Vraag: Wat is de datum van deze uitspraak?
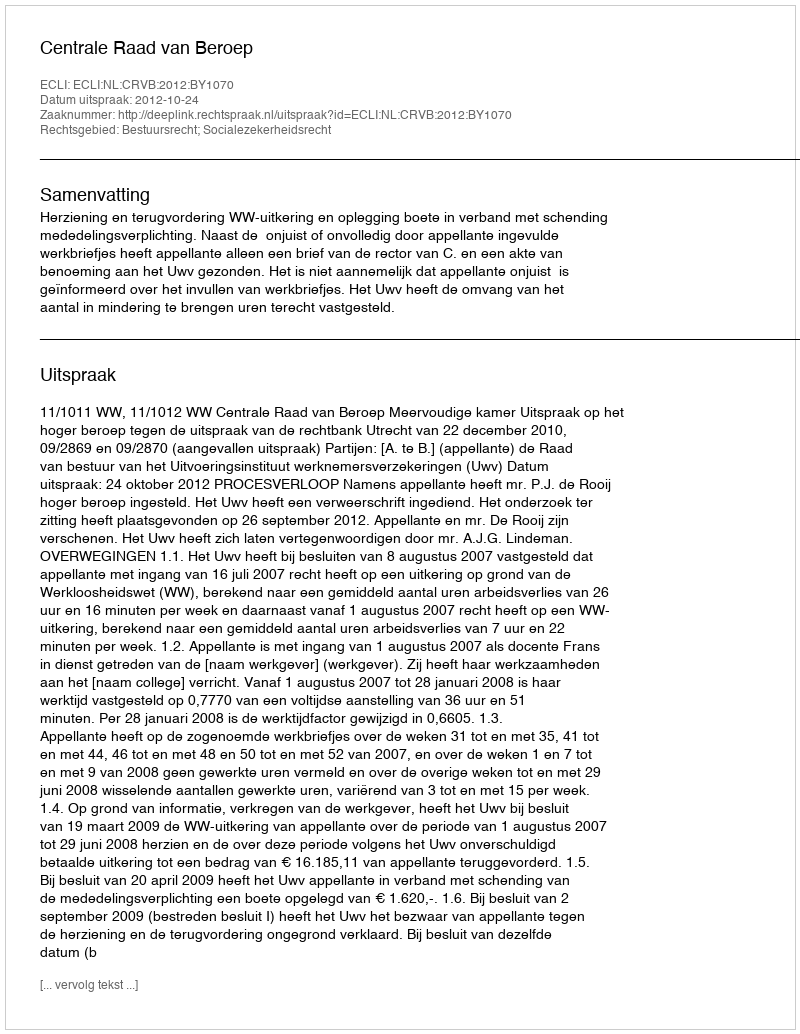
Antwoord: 2012-10-24